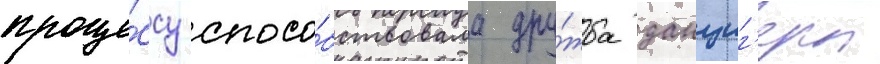
проце́ссу спосо́бствовала дру́жба данциг'ера